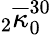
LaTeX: {}_{2}\overline{{\kappa}}_{0}^{30}